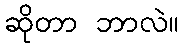
ဆိုတာ ဘာလဲ။